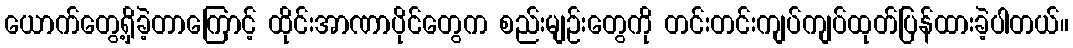
ယောက်တွေ့ရှိခဲ့တာကြောင့် ထိုင်းအာဏာပိုင်တွေက စည်းမျဉ်းတွေကို တင်းတင်းကျပ်ကျပ်ထုတ်ပြန်ထားခဲ့ပါတယ်။